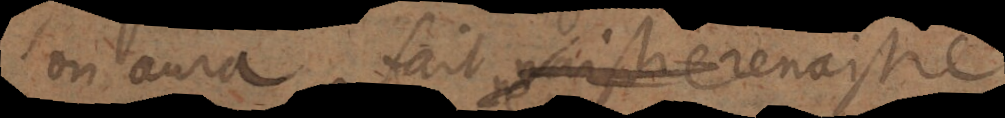
on aura fait renaistre